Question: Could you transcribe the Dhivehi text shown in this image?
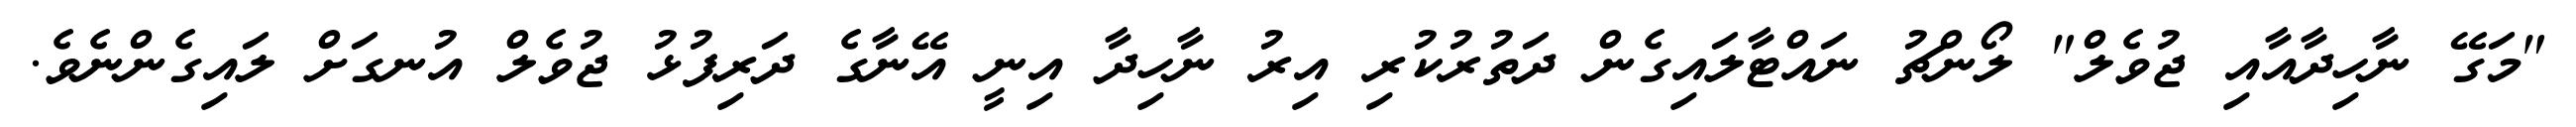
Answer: "މަގޭ ނާހިދާއާއި ޖުވެލް" ލޯންޗު ނައްޓާލައިގެން ދަތުރުކުރި އިރު ނާހިދާ އިނީ އޭނާގެ ދަރިފުޅު ޖުވެލް އުނގަށް ލައިގެންނެވެ.